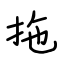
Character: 拖